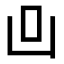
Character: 𠙼